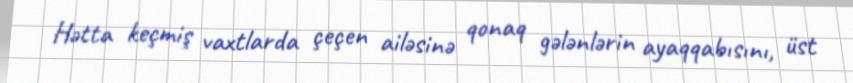
Hətta keçmiş vaxtlarda çeçen ailəsinə qonaq gələnlərin ayaqqabısını, üst